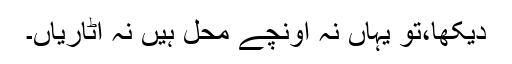
دیکھا،تو یہاں نہ اونچے محل ہیں نہ اٹاریاں۔